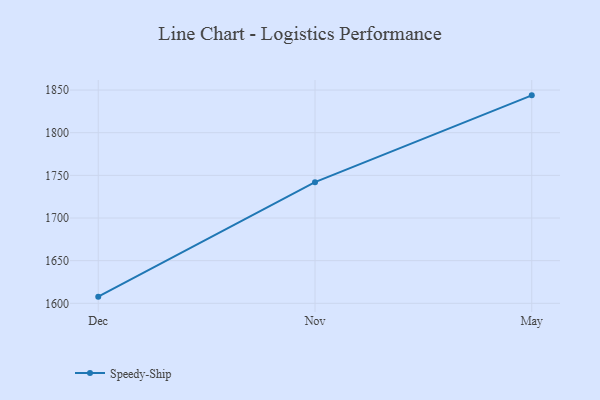
{"axis": {"x": "Month", "y": "Shipments"}, "legend": ["Speedy-Ship"], "data": [{"x": "Dec", "y": 1607.8, "type": "Speedy-Ship"}, {"x": "Nov", "y": 1742.0, "type": "Speedy-Ship"}, {"x": "May", "y": 1843.8, "type": "Speedy-Ship"}]}